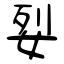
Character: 姴